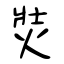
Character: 焋